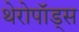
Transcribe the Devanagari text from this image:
थेरोपॉड्स